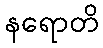
နရောတိ